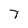
Character: 7